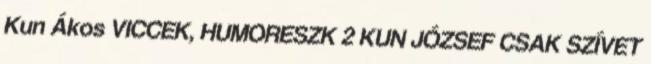
Kun Ákos VICCEK, HUMORESZK 2 KUN JÓZSEF CSAK SZÍVET